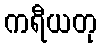
ကရီယတု